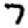
Digit: 7